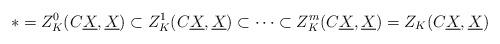
LaTeX: \begin{align*} *=Z_K^0(C\underline{X},\underline{X})\subset Z_K^1(C\underline{X},\underline{X})\subset\cdots\subset Z_K^m(C\underline{X},\underline{X})=Z_K(C\underline{X},\underline{X}) \end{align*}